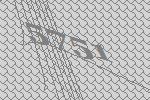
5751